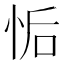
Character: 㤧